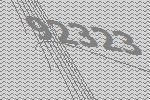
92323